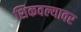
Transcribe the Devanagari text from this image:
शिकवल्यावर